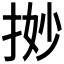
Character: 𢭼